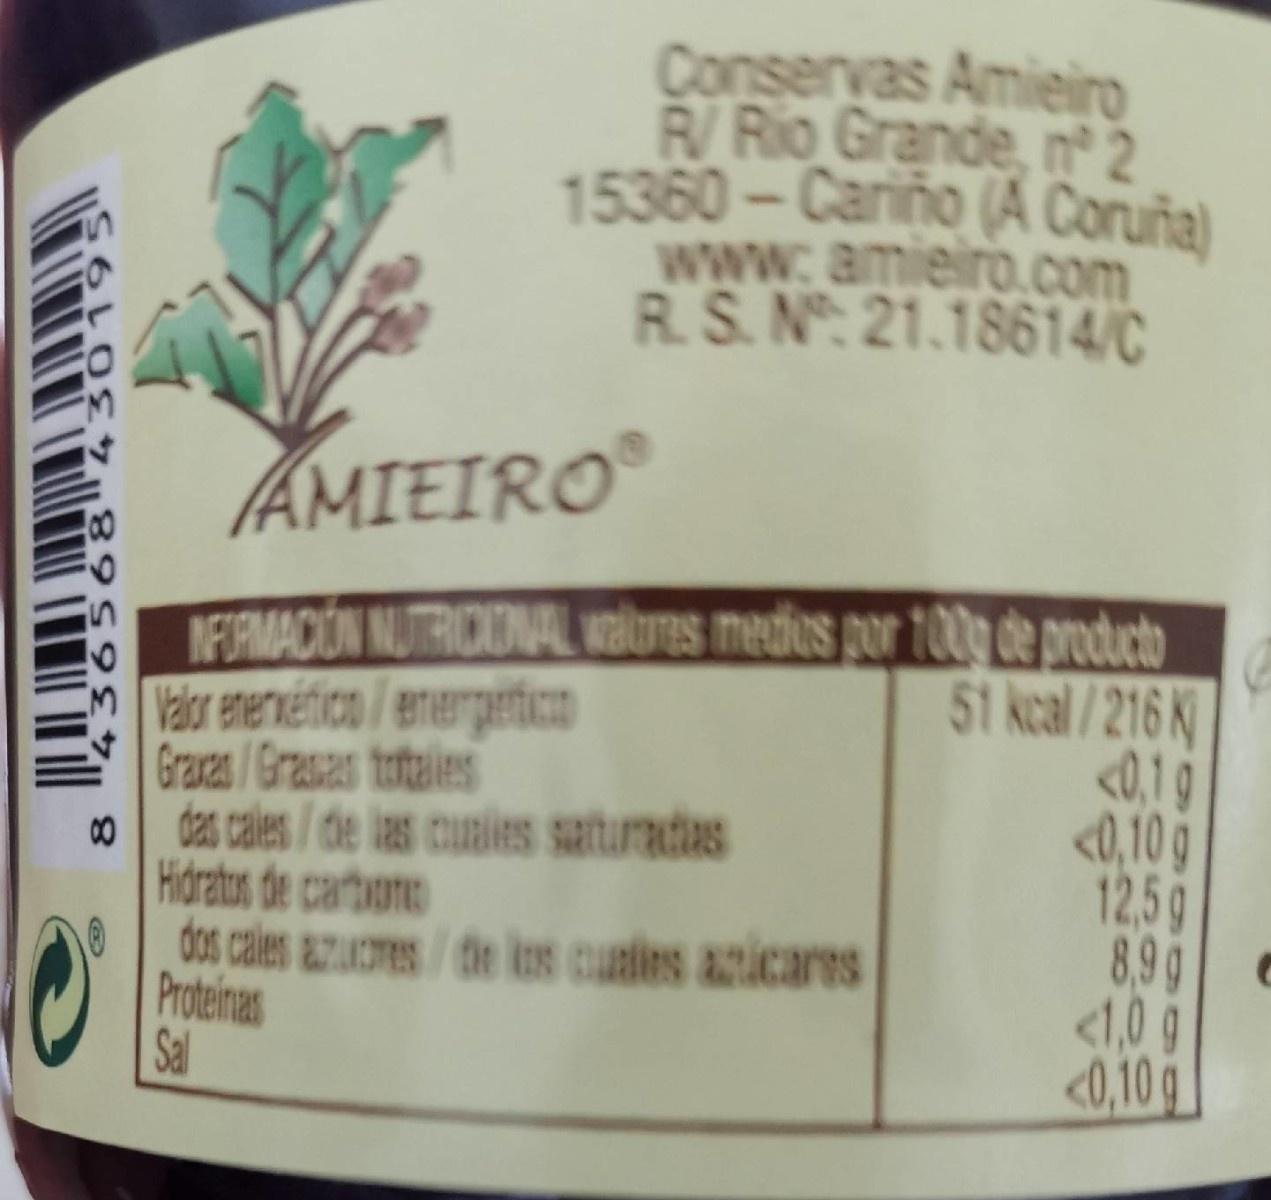
Conservas Amieiro R/ Rio Grande, n 2 15360-Cariño (A Coruña) www.amieiro.com R.S. N: 21.18614/C
AMIEIRO®
NFIMACION NUTRICIONAL wolUes medos por 100g de producto Vaior enerweético /enerpetico Graxzs /Grasas totales das cales/de las cualies saturadas Hidratos de cartbon dos cales aures/de ins cuales acicares Proteinas Sal
51 kcal/216 K <0,1 g <0,10 g 12,59 8,99 <1,0 g <0,10 g
8
6 019 8959